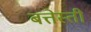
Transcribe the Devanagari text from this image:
बत्तेस्ती